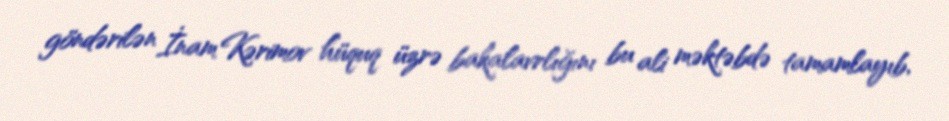
göndərilən İnam Kərimov hüquq üzrə bakalavrlığını bu ali məktəbdə tamamlayıb,